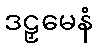
ဒဠှမေနံ